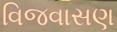
વિજવાસણ